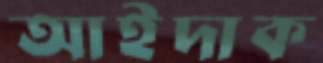
আইদাক